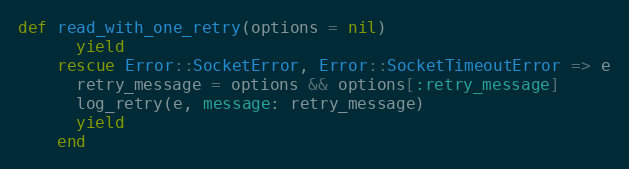
Language: Ruby
def read_with_one_retry(options = nil)
      yield
    rescue Error::SocketError, Error::SocketTimeoutError => e
      retry_message = options && options[:retry_message]
      log_retry(e, message: retry_message)
      yield
    end